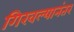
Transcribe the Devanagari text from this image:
गिरवल्यानंतर